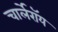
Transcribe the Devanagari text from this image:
चार्लेरॉय